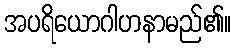
အပရိယောဂါဟနာမည်၏။